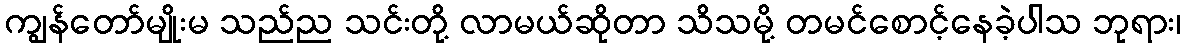
ကျွန်တော်မျိုးမ သည်ည သင်းတို့ လာမယ်ဆိုတာ သိသမို့ တမင်စောင့်နေခဲ့ပါသ ဘုရား၊